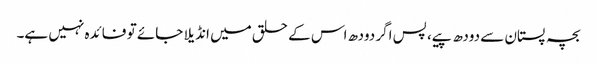
بچہ پستان سے دودھ پیے، پس اگر دودھ اس کے حلق میں انڈیلا جائے تو فائدہ نہیں ہے۔